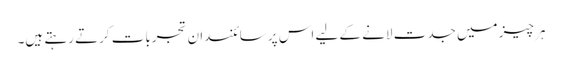
ہر چیز میں جدت لانے کے لیے اس پر سائنسدان تجربات کرتے رہتے ہیں۔